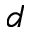
d